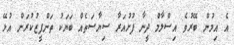
އެ އިމުން ބޭރުވެ އިސްލާމް ދީނާ ފުށުއަރާ ސިޔާސަތެއް ބަޔަކު ތަންފީޒުކުރަން އުޅޭ